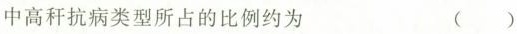
中高秆抗病类型所占的比例约为 ( )